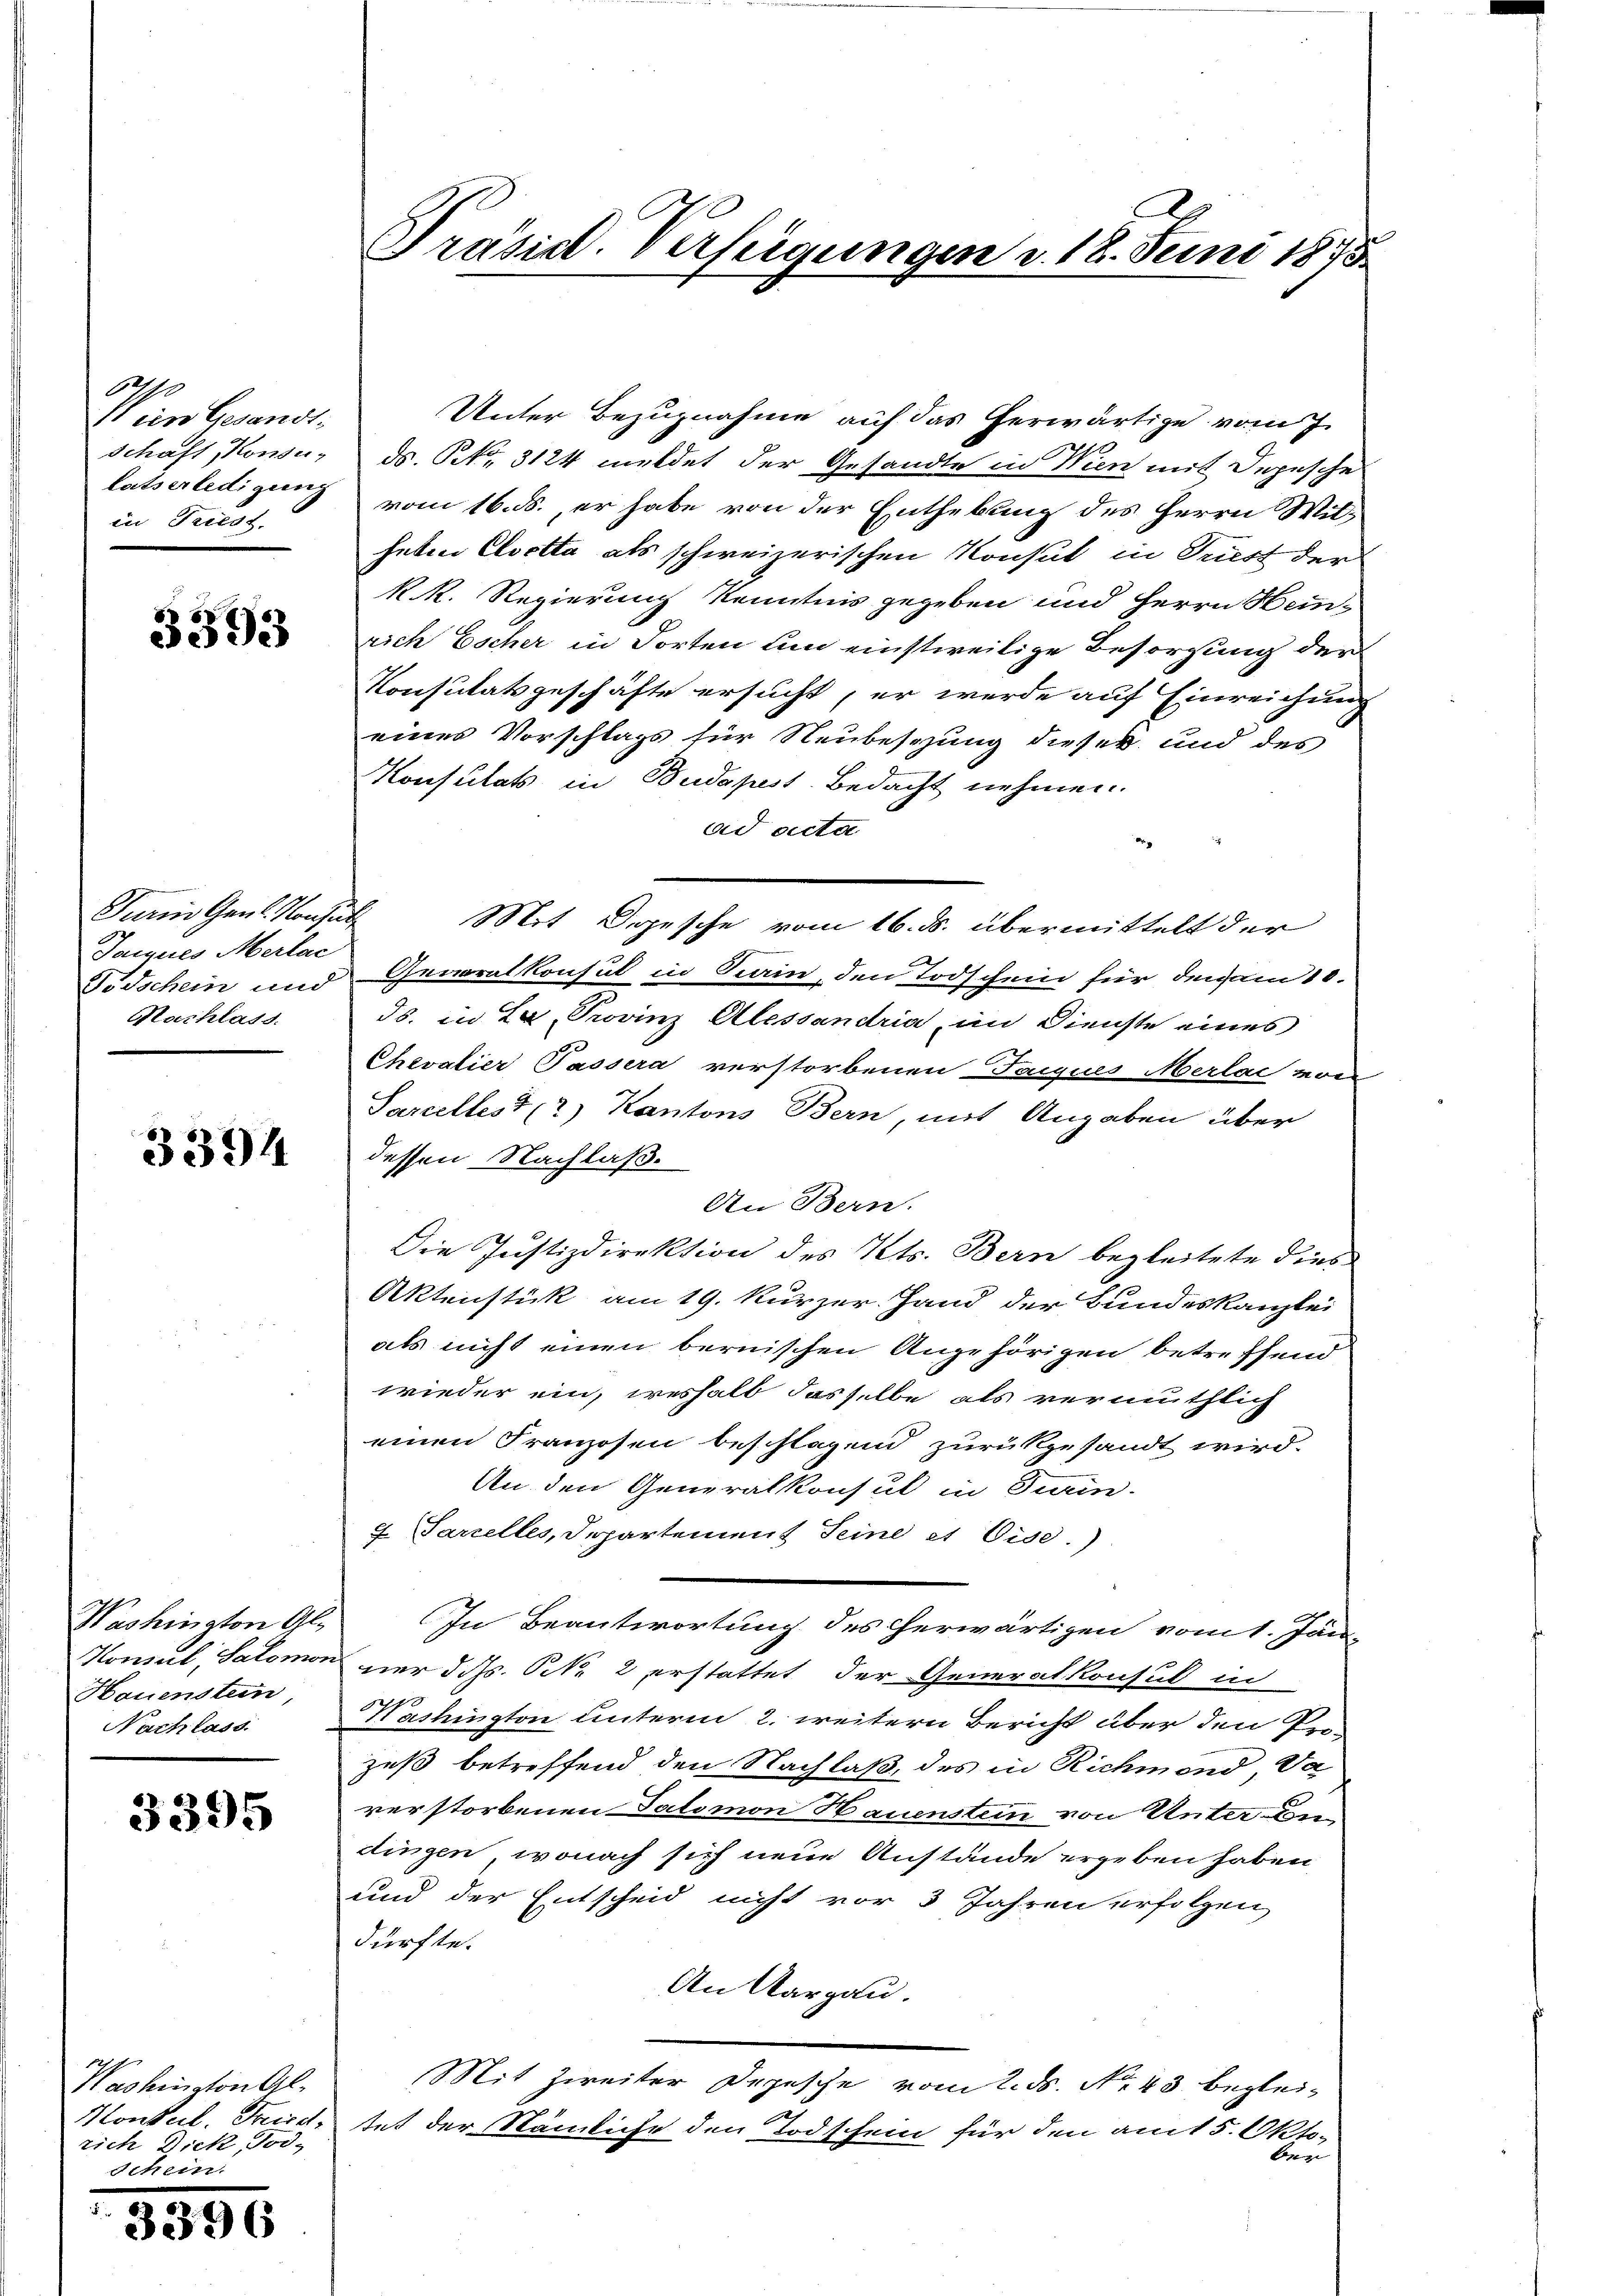
Ale
V ein Gesandtin Triess.

3393

Furi Gaul. Konsul
g
Jannes Merlac
Nachlass.

3394

Washington Gl.
Hauenstein,
Nachlass

3395

Washington Gl
sich Dick, Tod.
Schein.

3396

Unter Bezugnahme auf das herwärtige vom J.
Schaft, Konsu- ds. S. 3124 meldet der Gesandte in Wien mit Depesche
latserledigung vom 16. ds., er habe von der Enthebung des Herrn Withaten Cloetta als schweizerischen Konsul in Triest der
K. R. Regierung Kenntnis gegeben und Herrn Heinrich Escher in Torten um einstweilige Besorgung der
Konsutätsgeschäfte ersucht, er werde auf Einreichung
eines Vorschlags für Neubesezung dieser und des
Konsulats in Budapest. Bedacht nehmen.
ad acta
Mit Dopesche vom 16. ds. übermittelt der
Todschein und Generalkonsul in Sain, den Todschein für der am 10.
ds. in L. Provinz Alessandria, im Dienste eines
Chevalier Tassera verstorbenen Jannes Merlai von
Sarcellest (2) Kantons Bern, mit Angaben über
dessen Nachlaß.
An Bern.
Die Justizdirektion des Kts. Bern begleitete dies
Aktenstück am 19. kurzer. Hand der Bundeskanzlei
als nicht einen bernischen Angehörigen betreffend
wieder ein, weshalb dasselbe als vermuthlich
einen Franzosen beschlagend zurükgesandt wird.
An den Generalkonsul in Turin-
Sarcelles, Departement seine et ist.)
In Beantwortung des herwärtigen vom 1. Jän-
Konsul, Salomon nur d. ds. S. 2 erstattet der Generalkonsul in
2
Kashington unterm 2. weitern Bericht über den Pro-
zeß betreffend den Nachlaß, des in Richmend da
verstorbenen Salomon Hauenstein von Unter den
dingen, wonach sich neue Anstände ergeben haben,
und der Entscheid nicht vor 3 Jahren erfolgen,
dürfte.
An Aargau.
Mit Zweiter Depesche vom 2. ds. No. 43 beglei¬
Hontul. Trice, tat der Nämliche den Todschein für den am 5. Oktober

Präsid. Verfügungen v. 18. Juni 1875